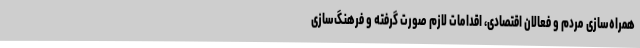
همراه‌سازی مردم و فعالان اقتصادی، اقدامات لازم صورت گرفته و فرهنگ‌سازی